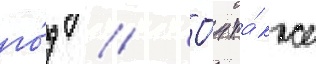
го́д // О́н та́кже